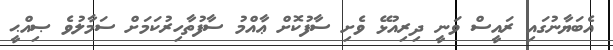
އެބަޔާނުގައި ރައީސް ވަނީ ދިރިއުޅޭ ވެށި ސާފުކޮށް ޢާއްމު ސާފުތާހިރުކަމަށް ސަމާލުވެ ޞިއްޙީ